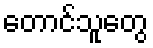
တောင်သူတွေ